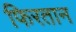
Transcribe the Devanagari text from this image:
फिरतान